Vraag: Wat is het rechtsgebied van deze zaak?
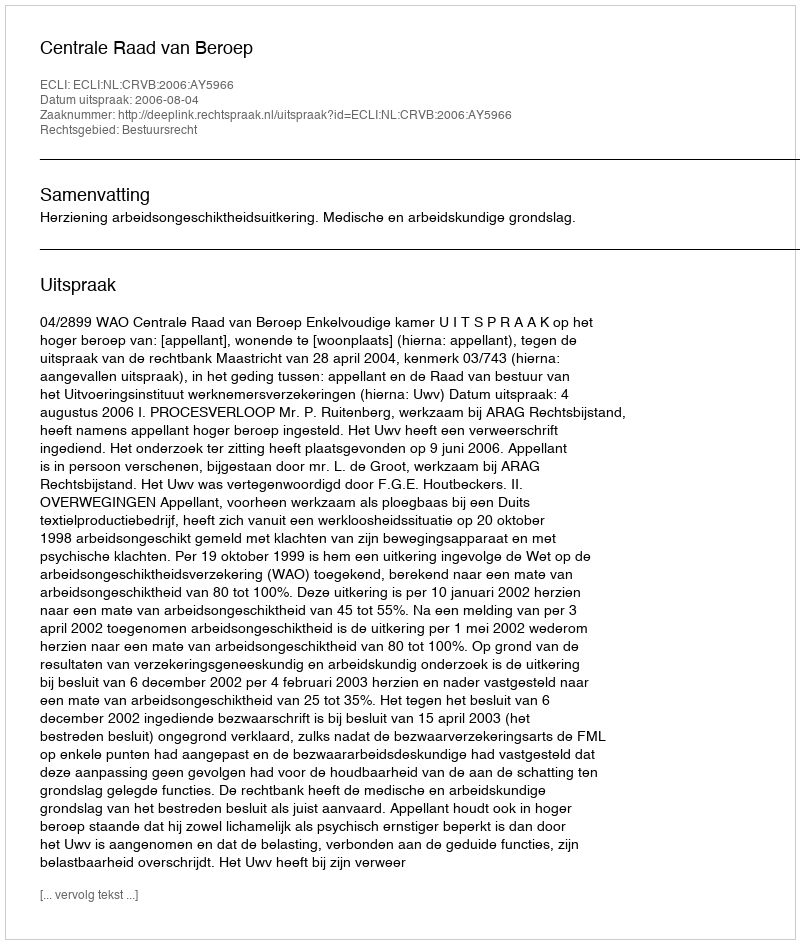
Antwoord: Bestuursrecht